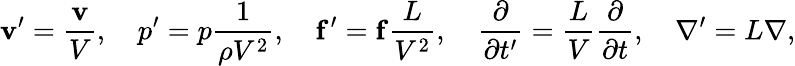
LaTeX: \mathbf{v}^{\prime}={\frac{\mathbf{v}}{V}},\quad p^{\prime}=p{\frac{1}{\rho V^{2}}},\quad\mathbf{f}^{\prime}=\mathbf{f}{\frac{L}{V^{2}}},\quad{\frac{\partial}{\partial t^{\prime}}}={\frac{L}{V}}{\frac{\partial}{\partial t}},\quad\nabla^{\prime}=L\nabla,